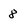
Character: 8